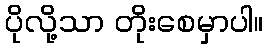
ပိုလို့သာ တိုးစေမှာပါ။